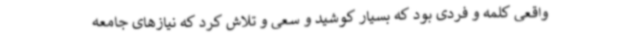
واقعی کلمه و فردی بود که بسیار کوشید و سعی و تلاش کرد که نیازهای جامعه